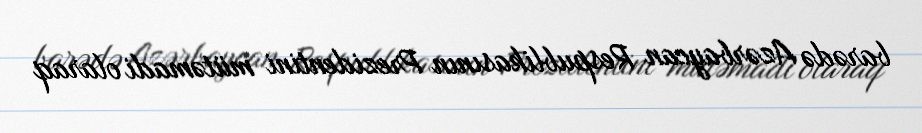
barədə Azərbaycan Respublikasının Prezidentini mütəmadi olaraq